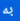
به